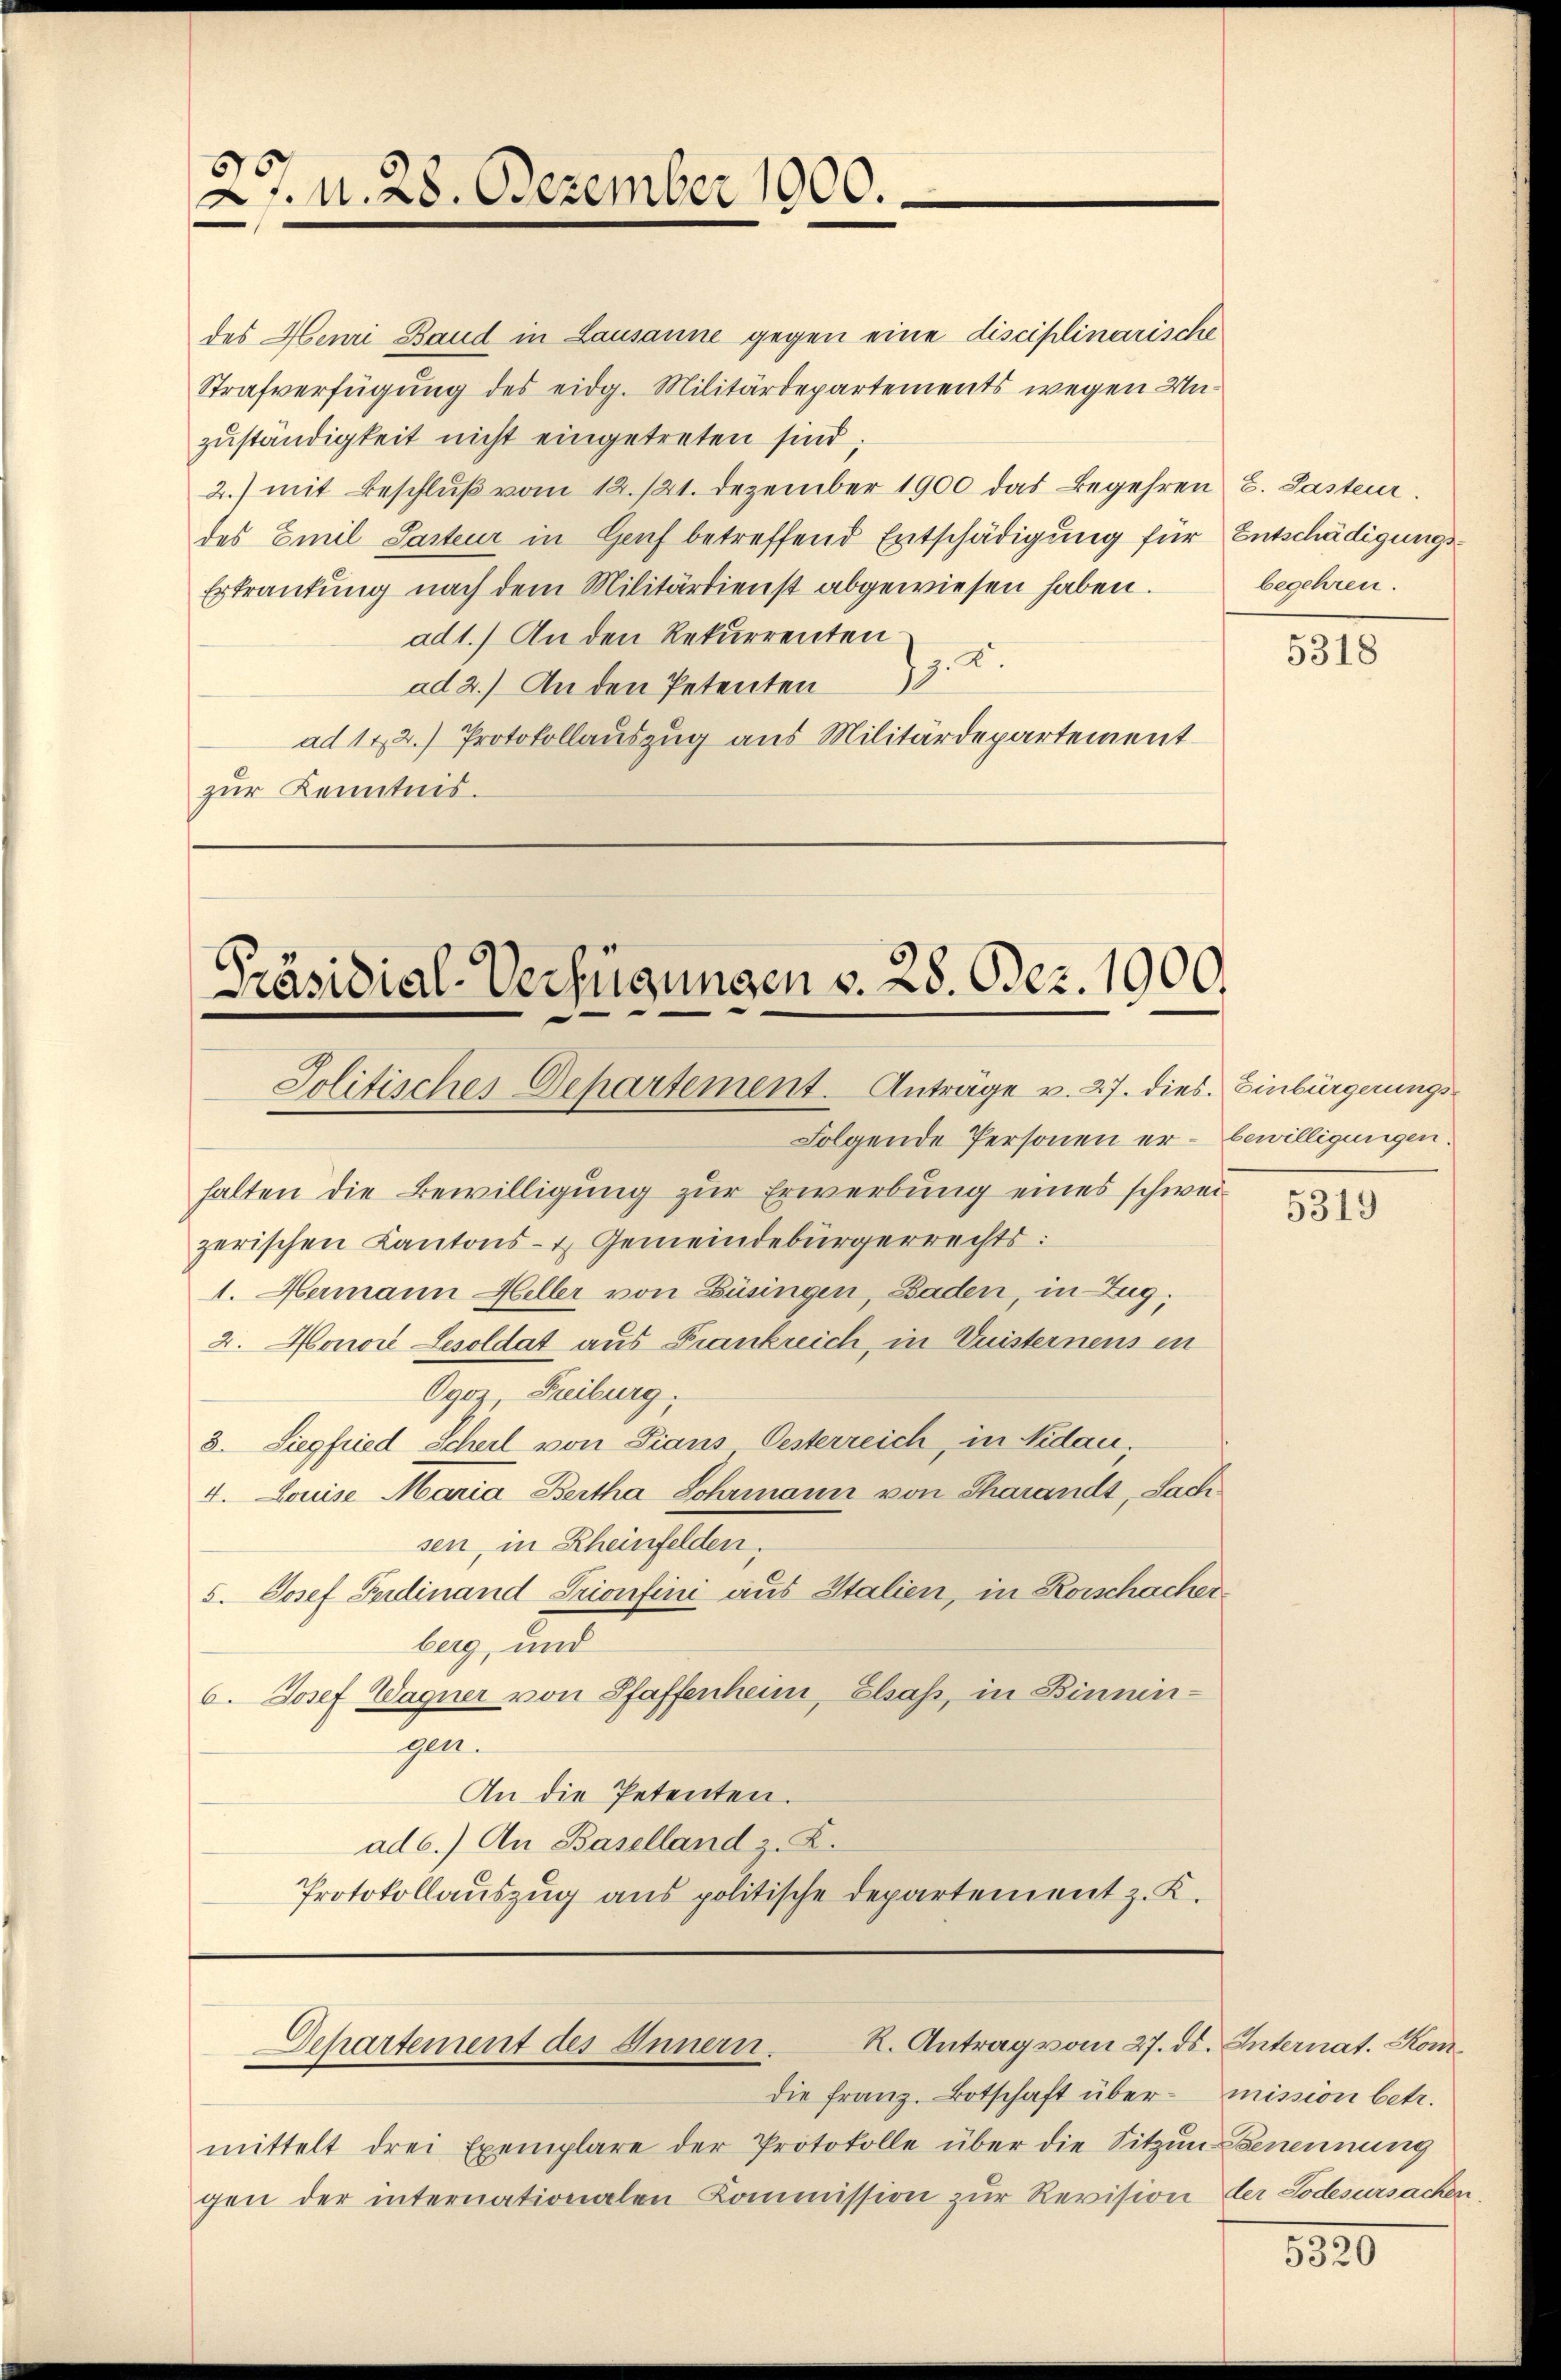
2. N. 28. Dezember 1900.

des Henri Band in Lausanne gegen eine disciplinarische
Strafverfügung des eidg. Militärdepartements wegen Unzuständigkeit nicht eingetreten sind
2.) mit Beschlŭβ vom 12. 121. Dezember 1900 das Begehren E. Pasteur.
des Emil Saiteur in Genf betreffend Entschädigung für Entschädigungs¬
Erkrankung nach dem Militärdienst abgewiesen haben.
ad1.) An den Rekurrenten
.
2
ad 2.) An den Petenten
ad 172.) Protokollauszug aus Militärdepartement
zŭr Kenntnis.

Präsidial-Verfügungen v. 28. Dez. 1900.
Jolitisches Departement. Anträge v. 27. dies. Einbürgerungs¬

Folgende Personen er- bewilligungen.
halten die Bewilligung zur Erwerbung eines schweizerischen Kantons- & Gemeindebürgerrechts:
1. Hermann Heller von Büsingen, Baden, in Zug,
2. Honore Besoldat aus Frankreich, in Duisterneus in
Ogoz, Freiburg.
8. Siegfried Scheil von Fians Oesterreich, in Nidau.
4. Louise Maria Bertha Schrmann von Charands, Sach
sen, in Rheinfelden.
s. Josef Ferdinand Trionfini aus Italien, in Rorschacherberg, und
6. Josef Wagner von Pfaffenheim, Elsaß, in Binnen-
gel.
An die Petenten.
ad 6.) An Baselland z. Z.
Protokollauszug aus politische Departement z. K.

R. Antrag vom 27. ds.
Departement des Innern.

begehren.

die Franz. Botschaft übermittelt drei Exemplare der Protokolle über die Sitzŭn
gen der internationalen Kommission zur Revision

5318

5319

Internat. Kommission betr.
Benennung
der Todesursachen

530